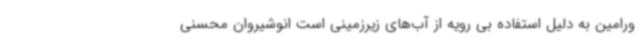
ورامین به دلیل استفاده بی رویه از آب‌های زیرزمینی است ‌انوشیروان محسنی